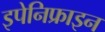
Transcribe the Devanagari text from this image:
इपेनिफ्राइन